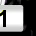
Digit: 1